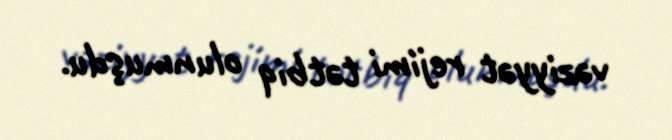
vəziyyət rejimi tətbiq olunmuşdu.